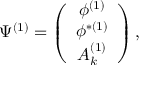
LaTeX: \Psi ^ { ( 1 ) } = \left( \begin{array} { c } { { \phi ^ { ( 1 ) } } } \\ { { \phi ^ { \ast ( 1 ) } } } \\ { { A _ { k } ^ { ( 1 ) } } } \end{array} \right) ,